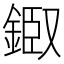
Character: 𨨘